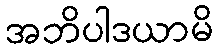
အဘိပါဒယာမိ